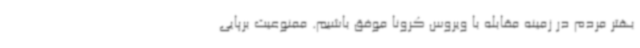
بهتر مردم در زمینه مقابله با ویروس کرونا موفق باشیم. ممنوعیت برپایی